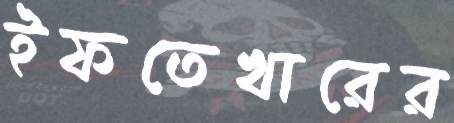
ইফতেখারের